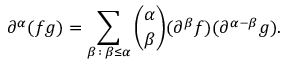
\partial ^ { \alpha } ( f g ) = \sum _ { \beta \, : \, \beta \leq \alpha } { \binom { \alpha } { \beta } } ( \partial ^ { \beta } f ) ( \partial ^ { \alpha - \beta } g ) .